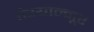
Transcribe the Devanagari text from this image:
पेय्यान्‍नूर